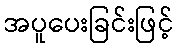
အပူပေးခြင်းဖြင့်